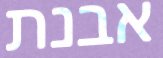
אבנת